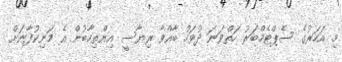
މި އަހަރުގެ ސެޕްޓެމްބަރު ހަތްވަނަ ދުވަހު ބާއްވާ ރިޔާސީ އިންތިހާބުން އެ މަނިކުފާނަށް